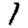
Digit: 1